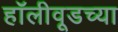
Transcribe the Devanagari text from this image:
हॉलीवूडच्या